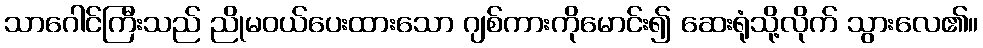
သာဂေါင်ကြီးသည် ညိုမဝယ်ပေးထားသော ဂျစ်ကားကိုမောင်း၍ ဆေးရုံသို့လိုက် သွားလေ၏။